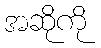
အဆိုကို